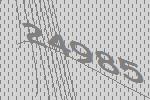
24985